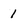
Character: 1